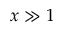
x \gg 1